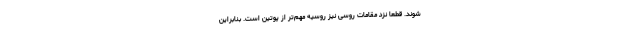
شوند. قطعا نزد مقامات روسی نیز روسیه مهم‌تر از پوتین است. بنابراین